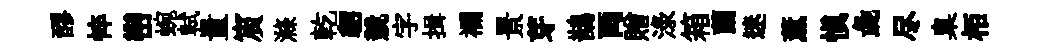
醪悴巒蜿軾量賔滌乾貂競字揖襴景芽鵲両贈渌箱蘭迷薰慎彘尽臬栢